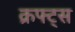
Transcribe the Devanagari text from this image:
क्रफ्ट्स